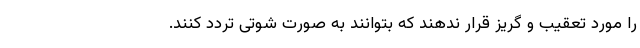
را مورد تعقیب و گریز قرار ندهند که بتوانند به صورت شوتی تردد کنند.